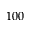
1 0 0